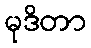
မုဒိတာ